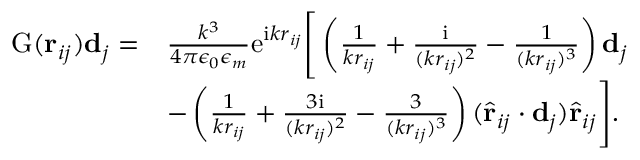
\begin{array} { r l } { \mathrm { G } ( \mathbf { r } _ { i j } ) \mathbf { d } _ { j } = } & { \frac { k ^ { 3 } } { 4 \pi \epsilon _ { 0 } \epsilon _ { m } } \mathrm { e } ^ { \mathrm { i } k r _ { i j } } \Bigg [ \left( \frac { 1 } { k r _ { i j } } + \frac { \mathrm { i } } { ( k r _ { i j } ) ^ { 2 } } - \frac { 1 } { ( k r _ { i j } ) ^ { 3 } } \right) \mathbf { d } _ { j } } \\ & { - \left( \frac { 1 } { k r _ { i j } } + \frac { 3 \mathrm { i } } { ( k r _ { i j } ) ^ { 2 } } - \frac { 3 } { ( k r _ { i j } ) ^ { 3 } } \right) ( \hat { \mathbf { r } } _ { i j } \cdot \mathbf { d } _ { j } ) \hat { \mathbf { r } } _ { i j } \Bigg ] . } \end{array}